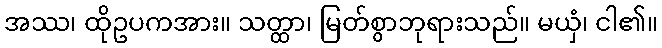
အဿ၊ ထိုဥပကအား။ သတ္ထာ၊ မြတ်စွာဘုရားသည်။ မယှံ၊ ငါ၏။